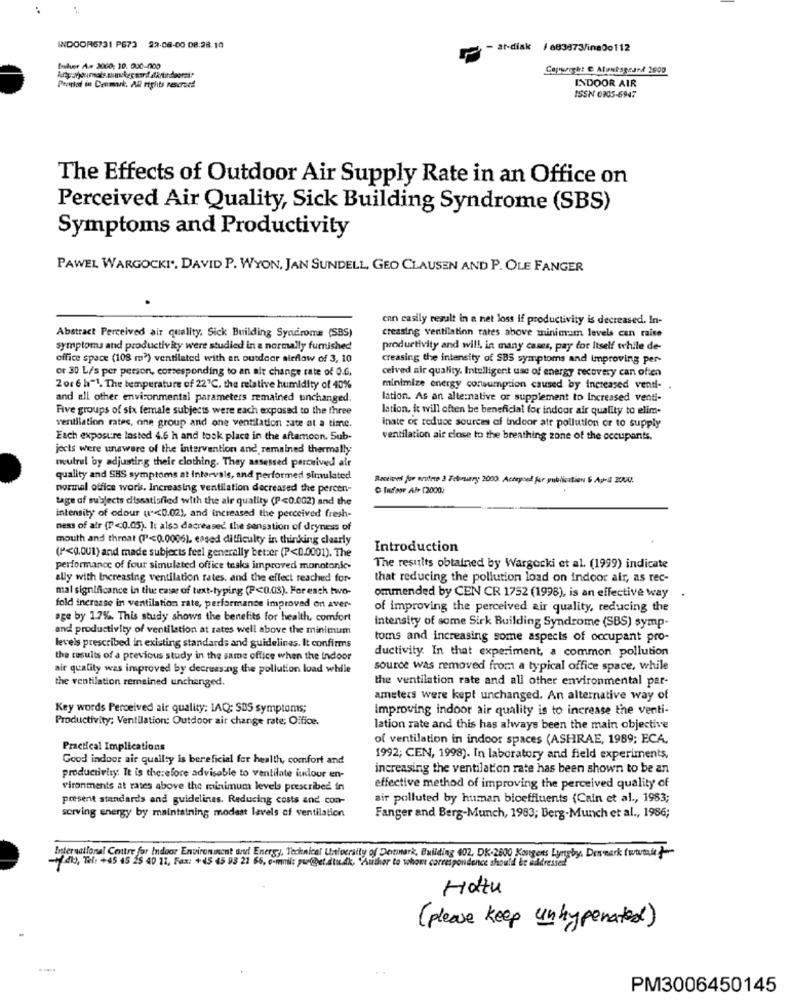
:
INDOOR6731 P673 22-08-00 08:28.10
- ar-diak / 683873/ina00112
Istver A# 2000: 10. 000-000
Pearted in Cenmark. All rights rescroce
INDOOR AIR
ISSN 0905-6947
The Effects of Outdoor Air Supply Rate in an Office on
Perceived Air Quality, Sick Building Syndrome (SBS)
Symptoms and Productivity
PAWEL WARGOCKI. DAVID P. WYON, JAN SUNDELL, GEO CLAUSEN AND P. OLE FANGER
can easily result in a net loss if productivity is decreased. In-
Abstract Perceived air quality. Sick Building Syndrome (SBS)
creasing ventilation rates above minimum levels can raise
symptoms and productivity were studied in a normally furnished
productivity and will, in many cases, pay for Itself while de-
office space (108 m3) ventilated with an outdoor airflow of 3, 10
creasing the intensity of SBS symptoms and improving per-
or 30 L/s per person, corresponding to an air change rate of 0.6.
ceived air quality. Intelligent use of energy recovery can often
2 or 6 h"1. The temperature of 22'℃, the relative humidity of 40%
minimize energy consumption caused by increased vendi-
and all other environmental parameters remained unchanged.
lation. As an alternative or supplement to Increased venti-
Five groups of six female subjects were each exposed to the three
lation, it will often be beneficial for indoor air quality to elim-
ventilation rates, one group and one ventilation sate at a time.
Inate of reduce sources of indoor air pollution or to supply
Each exposure lasted 4.6 h and took place in the aftamcon. Sub-
ventilation air close to the breathing zone of the occupants.
jects were unaware of the intervention and remained thermally
mulrul by adjusting their clothing. They assessed perceived air
quality and SBS symptoms at Intervals, and performed simulated
Received for seutete 3 February 2000. Aceryoel for publication $ Ap-& 2000.
normal office works. Increasing ventilation decreased the percen-
C Infoor AP> [2000)
tage of subjects dissatisfied with the air quality (P<0.002) and the
intensity of odour (1"<0.02), and increased the perceived fresh-
ness of air (P<0.05). It also decreased the sensation of dryness of
mouth and throat (P<0.0006), eased difficulty in thinking clearly
Introduction
(P<0.001) and made subjects feel generally better (P<0.0001). The
performance of four simulated office tasks improved monotonic-
The results obtained by Wargocki et al. (1999) indicate
ally with Increasing ventilation rates. and the effect reached for-
that reducing the pollution load on indoor air, as rec-
mal significance in tiu ensar of tuxt-typing (P<0.03). For each two-
ommended by CEN CR 1752 (1998), is an effective way
fold increase in ventilation rate, performance improved on aver-
of improving the perceived air quality, reducing the
age by 1.7%. This study shows the benefits for health, comfort
and productivity of ventilation at rates well above the minimum
intensity of some Sirk Building Syndrome (SBS) symp-
toms and increasing some aspects of occupant pro-
levels prescribed in existing standards and guidelines. It confirms
ductivity. In that experiment, a common pollution
the results of a previous study in the same office when the indoor
air quality was improved by decreasing the pollution load while
source was removed from a typical office space, while
the ventilation remained unchanged.
the ventilation rate and all other environmental par-
ameters were kept unchanged. An alternative way of
Key words Perceived air quality: IAQ; SBS symptoms;
Improving indoor air quality is to increase the venti-
Productivity: Ventilation: Outdoor air change rate, Office.
lation rate and this has always been the main objective
of ventilation in indoor spaces (ASHRAE, 1989; ECA.
Practical Implications
Good indoor air quality is bereficial for health, comfort and
1992; CEN, 1998). In laboratory and field experiments,
productivity It is therefore advisable to ventilate inour en-
increasing the ventilation rate has been shown to be an
vironments at rates above the minimum levels prescribed in
effective method of improving the perceived quality of
present standards and guidelines. Reducing costs and con-
air polluted by human bioeffluents (Cain et al ., 1983;
serving energy by maintaining modest levels of ventilation
Fanger and Berg-Munch, 1983; Berg-Munch et al ., 1986;
-200, Tel: +45 45 25 40 12, Fax: + 45 45 93 22 65, e-mail: perget stuck, "Author to whom correspondence should be addressed
International Centre for Indoor Environment and Energy, Technical University of Detmark, Building 402. DK-2800 Kongens Lyngby, Desmark (was)
Hattu
( please keep unhyperated)
PM3006450145